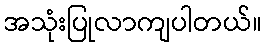
အသုံးပြုလာကျပါတယ်။